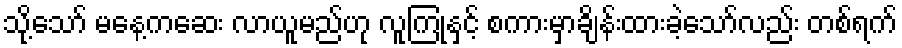
သို့သော် မနေ့ကဆေး လာယူမည်ဟု လူကြုံနှင့် စကားမှာချိန်းထားခဲ့သော်လည်း တစ်ရက်